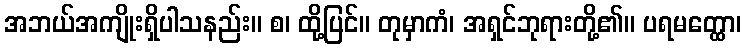
အဘယ်အကျိုးရှိပါသနည်း။ စ၊ ထို့ပြင်။ တုမှာကံ၊ အရှင်ဘုရားတို့၏။ ပရမတ္ထော၊